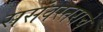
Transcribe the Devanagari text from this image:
ससंवस्तराचे